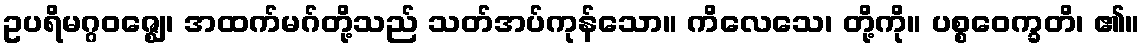
ဥပရိမဂ္ဂဝဇ္ဈေ၊ အထက်မဂ်တို့သည် သတ်အပ်ကုန်သော။ ကိလေသေ၊ တို့ကို။ ပစ္စဝေက္ခတိ၊ ၏။